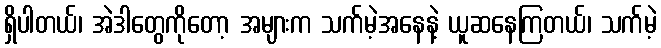
ရှိပါတယ်၊ အဲဒါတွေကိုတော့ အများက သက်မဲ့အနေနဲ့ ယူဆနေကြတယ်၊ သက်မဲ့